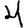
Digit: 4